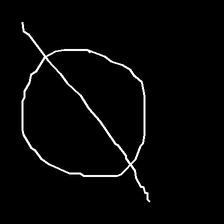
Glyph: orb